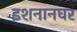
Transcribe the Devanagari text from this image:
इशनानघर